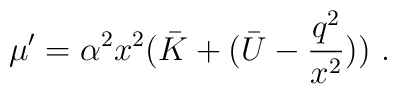
\mu' = \alpha^2 x^2 (\bar K + (\bar U - \frac{q^2}{x^2})) \ .